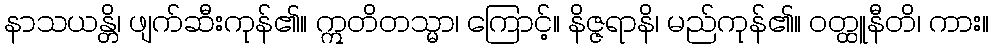
နာသယန္တိ၊ ဖျက်ဆီးကုန်၏။ ဣတိတသ္မာ၊ ကြောင့်။ နိဇ္ဇရာနိ၊ မည်ကုန်၏။ ဝတ္ထူနီတိ၊ ကား။